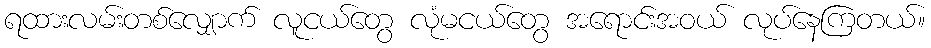
ရထားလမ်းတစ်လျှောက် လူငယ်တွေ လုံမငယ်တွေ အရောင်းအဝယ် လုပ်နေကြတယ်။